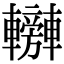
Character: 𨏰